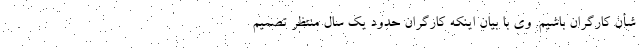
شأن کارگران باشیم. وی با بیان اینکه کارگران حدود یک سال منتظر تصمیم